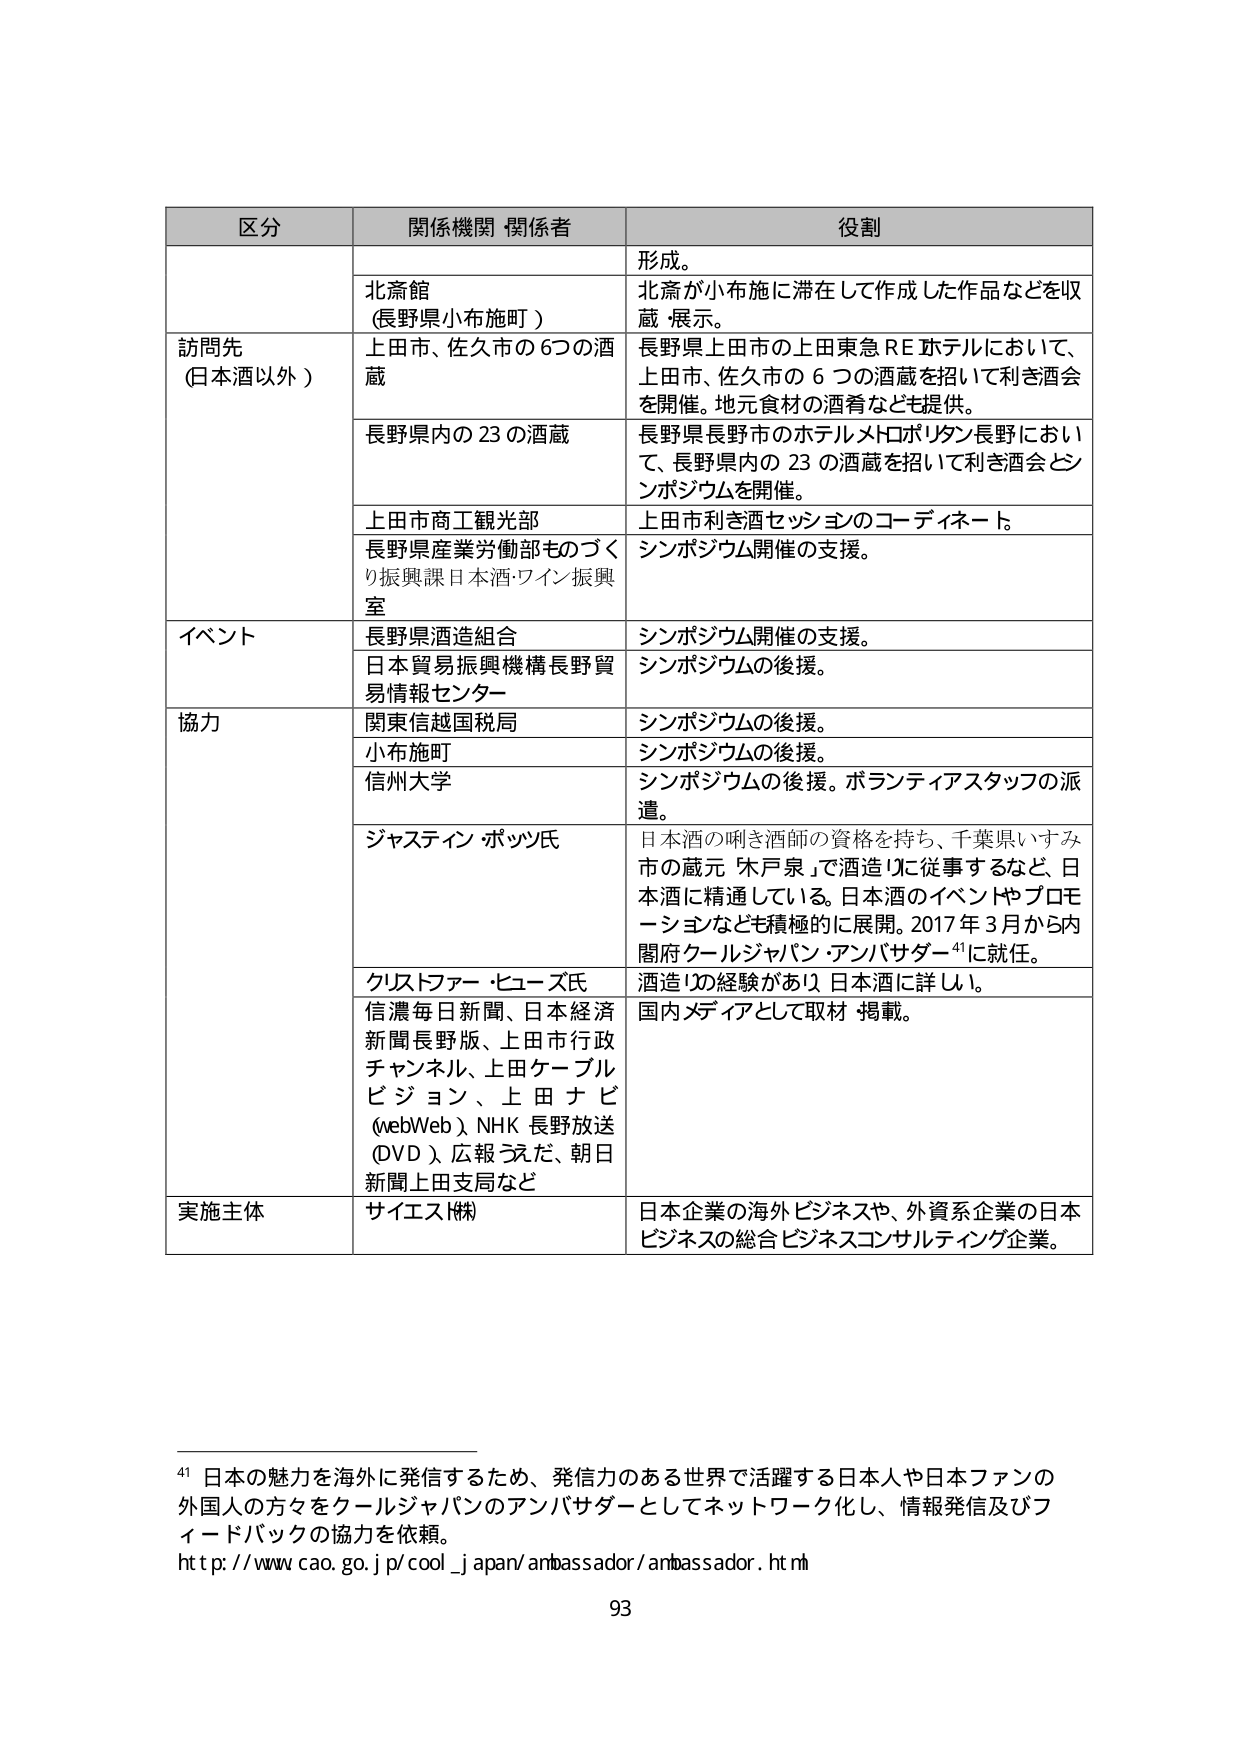
区分 関係機関・関係者 役割
形成。
北斎館
（長野県小布施町）
北斎が小布施に滞在して作成した作品などを収
蔵・展示。
訪問先
（日本酒以外）
上田市、佐久市の6つの酒
蔵
長野県上田市の上田東急REホテルにおいて、
上田市、佐久市の6つの酒蔵を招いて利き酒会
を開催。地元食材の酒肴なども提供。
長野県内の23の酒蔵
長野県長野市のホテルメトロポリタン長野におい
て、長野県内の23の酒蔵を招いて利き酒会・シン
ポジウムを開催。
上田市商工観光部
上田市利き酒セッションのコーディネート。
長野県産業労働部ものづくり振興課日本酒・ワイン振興
室
シンポジウム開催の支援。
イベント
長野県酒造組合
シンポジウム開催の支援。
日本貿易振興機構長野貿
易情報センター
シンポジウムの後援。
協力
関東信越国税局
シンポジウムの後援。
小布施町
シンポジウムの後援。
信州大学
シンポジウムの後援。ボランティアスタッフの派
遣。
ジャスティン・ポッツ氏
日本酒の呑き酒師の資格を持ち、千葉県いすみ
市の蔵元「木戸泉」で酒造りに従事するなど、日
本酒に精通している。日本酒のイベントやプロモ
ーションなども積極的に展開。2017年3月から内
閣府クールジャパン・アンバサダー41に就任。
クリストファー・ヒューズ氏
酒造りの経験があり、日本酒に詳しい。
信濃毎日新聞、日本経済
新聞長野版、上田市行政
チャンネル、上田ケーブル
ビジョン、上田ナビ
（webWeb）、NHK長野放送
（DVD）、広報うえだ、朝日
新聞上田支局など
国内メディアとして取材・掲載。
実施主体
サイエス（株）
日本企業の海外ビジネスや、外資系企業の日本
ビジネスの総合ビジネスコンサルティング企業。
41 日本の魅力を海外に発信するため、発信力のある世界で活躍する日本人や日本ファンの
外国人の方々をクールジャパンのアンバサダーとしてネットワーク化し、情報発信及びフ
ィードバックの協力を依頼。
http://www.cao.go.jp/cool_japan/ambassador/ambassador.html
93